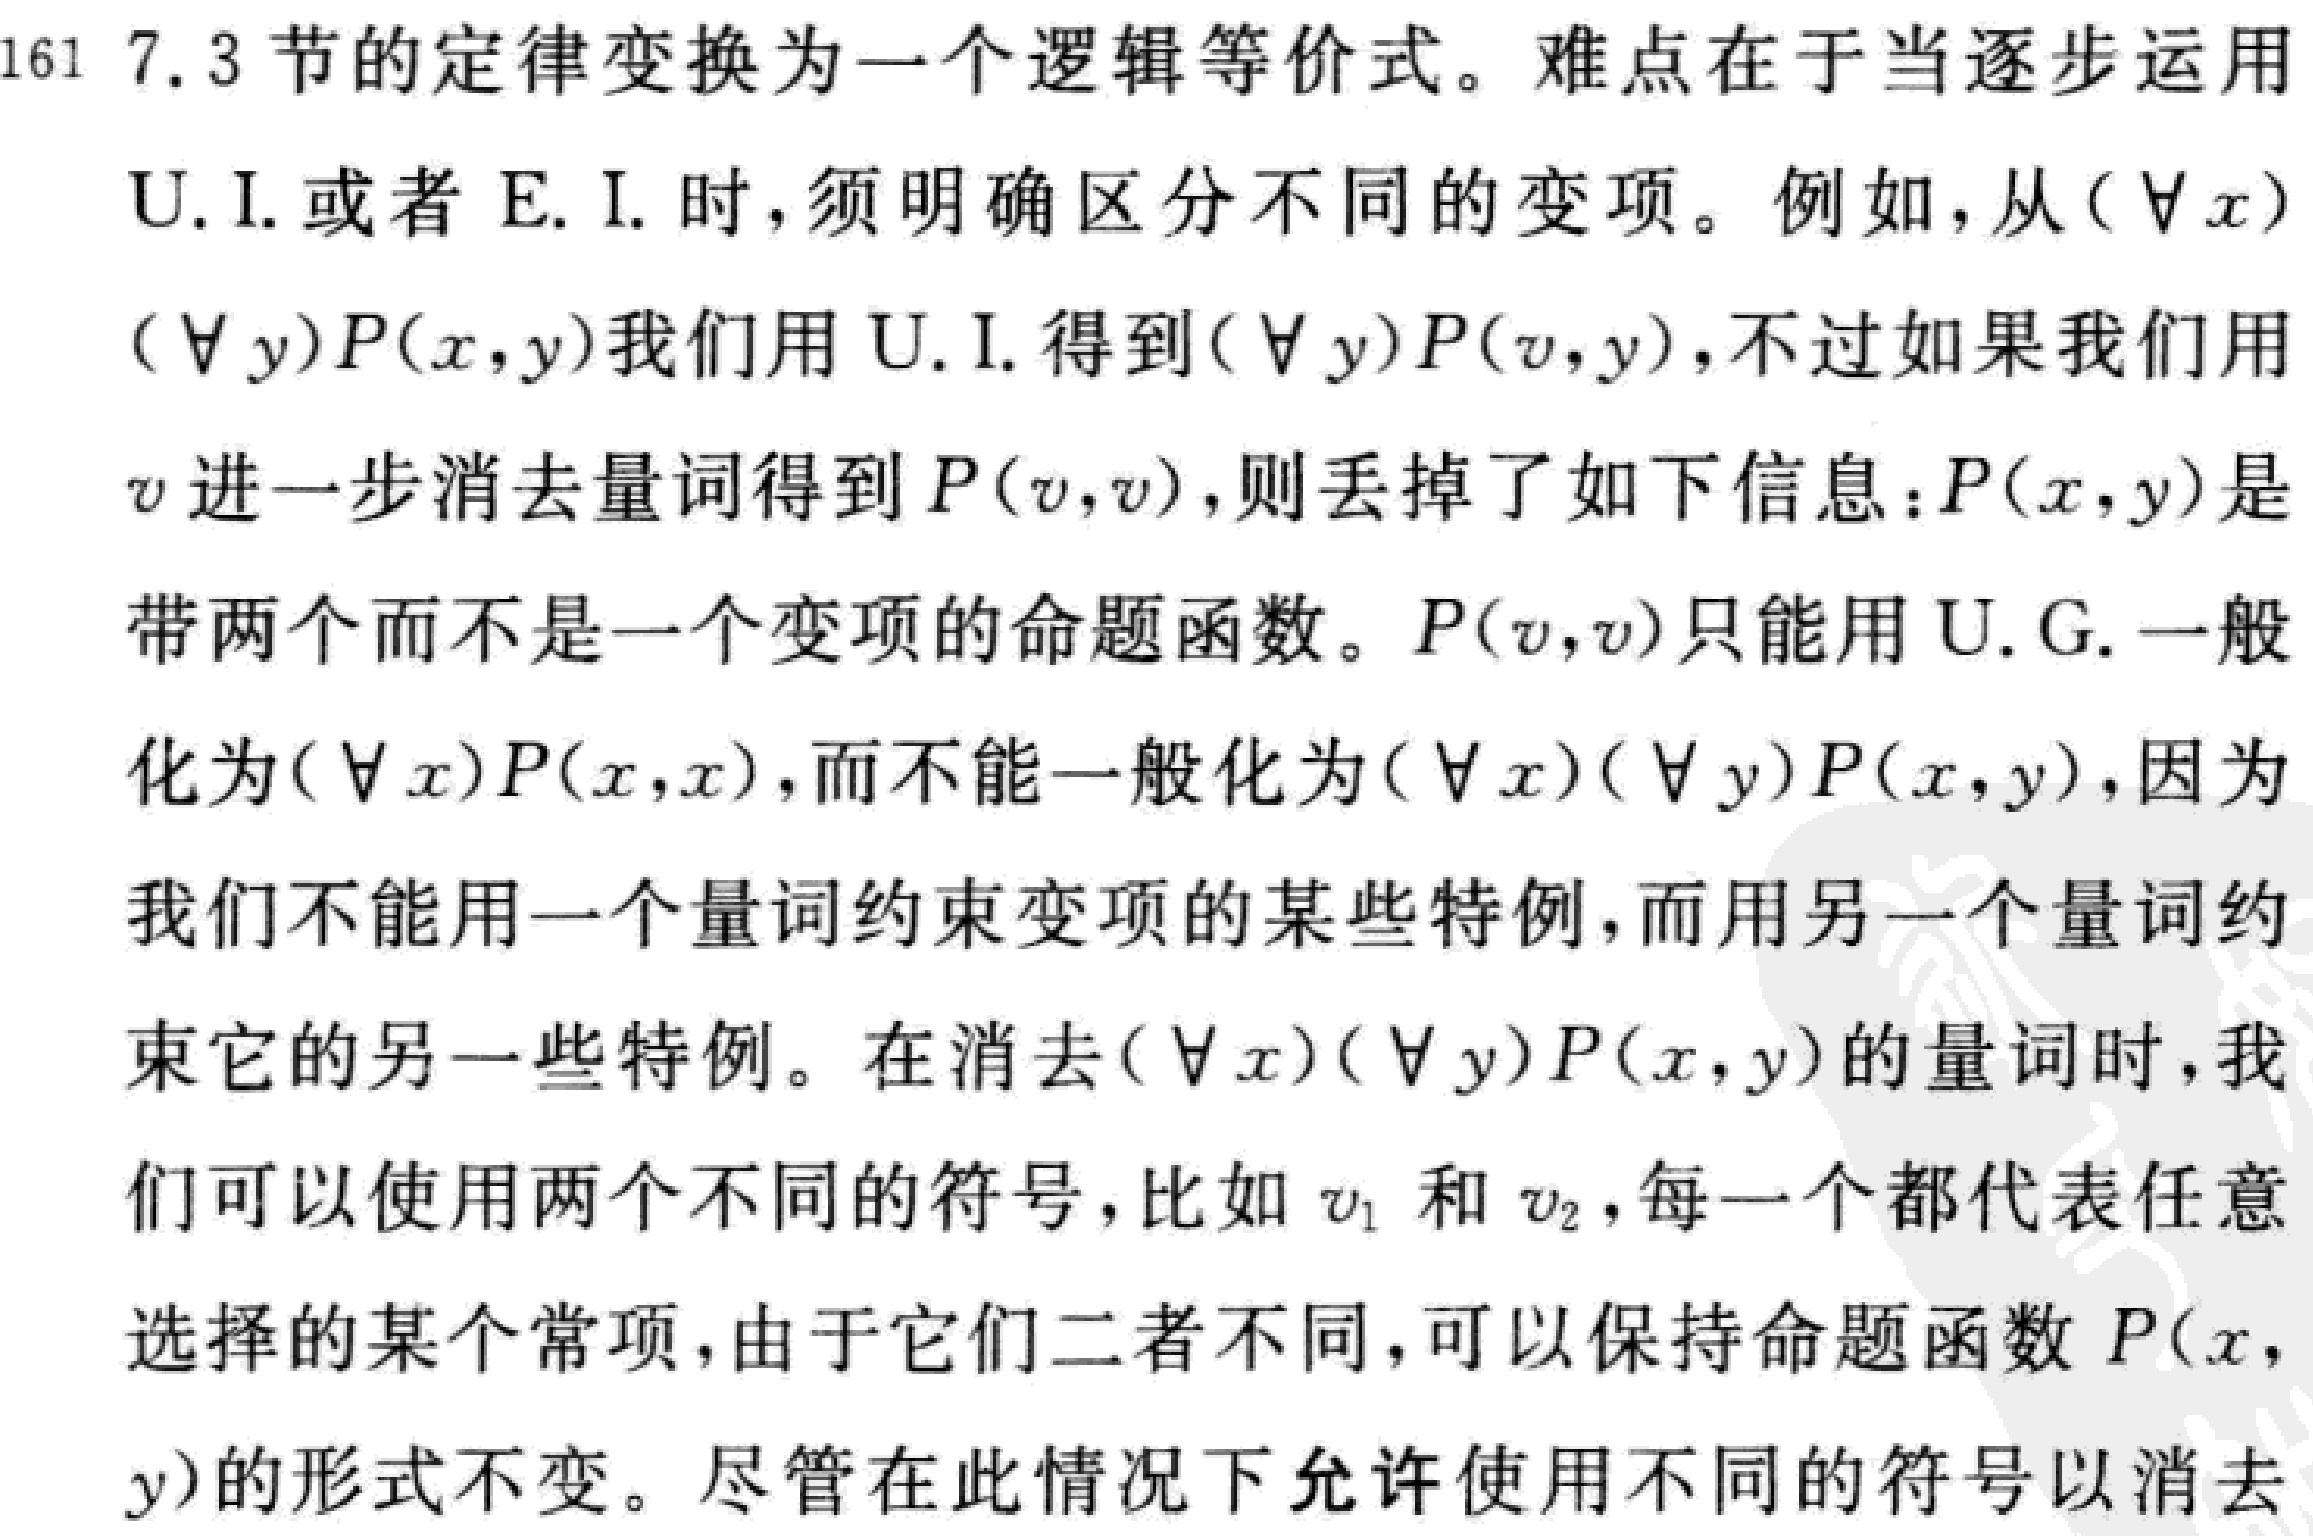
161 7.3节的定律变换为一个逻辑等价式。难点在于当逐步运用
U. I. 或者 E. I. 时，须明确区分不同的变项。例如，从$(\forall x)$
$(\forall y)P(x,y)$我们用U. I. 得到$(\forall y)P(v,y)$，不过如果我们用
$v$进一步消去量词得到$P(v,v)$，则丢掉了如下信息：$P(x,y)$是
带两个而不是一个变项的命题函数。$P(v,v)$只能用U. G. 一般
化为$(\forall x)P(x,x)$，而不能一般化为$(\forall x)(\forall y)P(x,y)$，因为
我们不能用一个量词约束变项的某些特例，而用另一个量词约
束它的另一些特例。在消去$(\forall x)(\forall y)P(x,y)$的量词时，我
们可以使用两个不同的符号，比如$v_1$和$v_2$，每一个都代表任意
选择的某个常项，由于它们二者不同，可以保持命题函数$P(x,$
$y)$的形式不变。尽管在此情况下允许使用不同的符号以消去